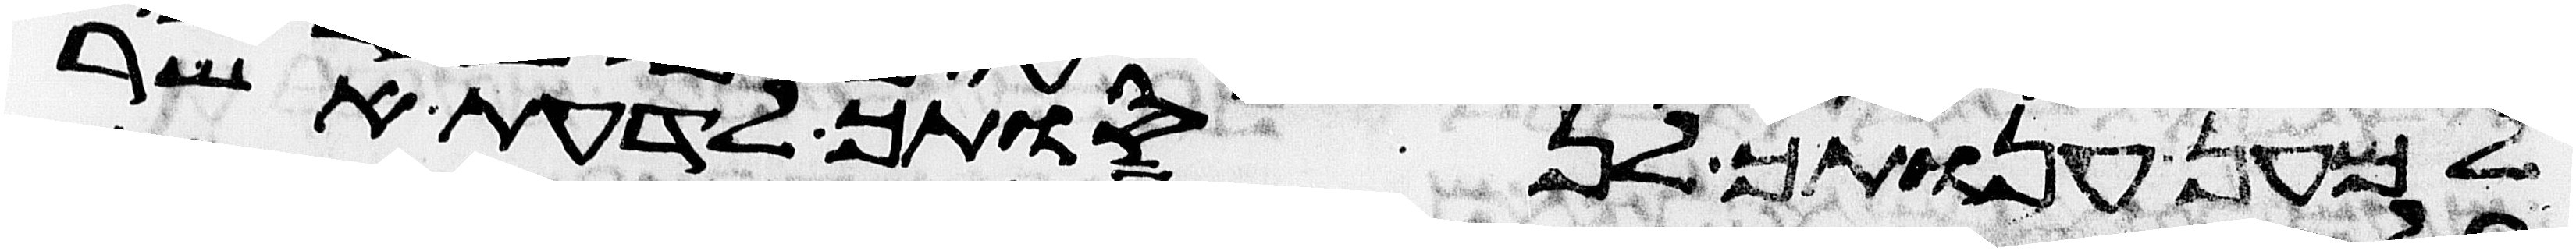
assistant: למען ענותך לנסותך לדעת אשר